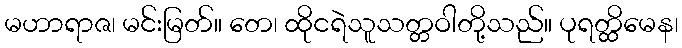
မဟာရာဇ၊ မင်းမြတ်။ တေ၊ ထိုငရဲသူသတ္တဝါတို့သည်။ ပုရတ္ထိမေန၊